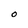
Character: O